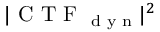
| \textrm { C T F } _ { \textrm { d y n } } | ^ { 2 }